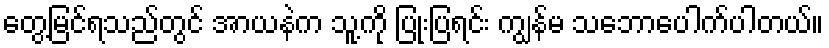
တွေ့မြင်ရသည်တွင် အာယနဲက သူ့ကို ပြုံးပြရင်း ကျွန်မ သဘောပေါက်ပါတယ်။